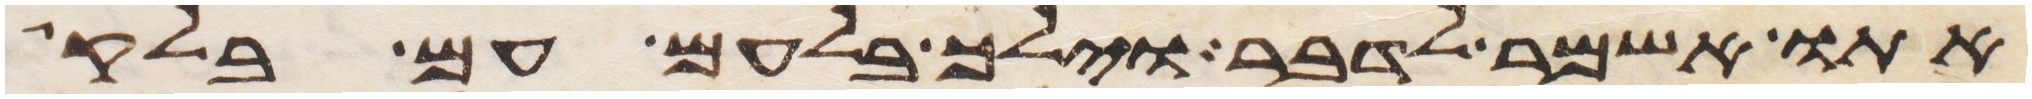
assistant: אתו אשמר לדבר וילך בלעם עם בלק